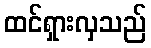
ထင်ရှားလှသည်